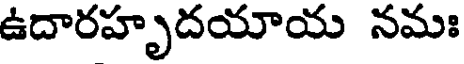
ఉదారహృదయాయ నమః